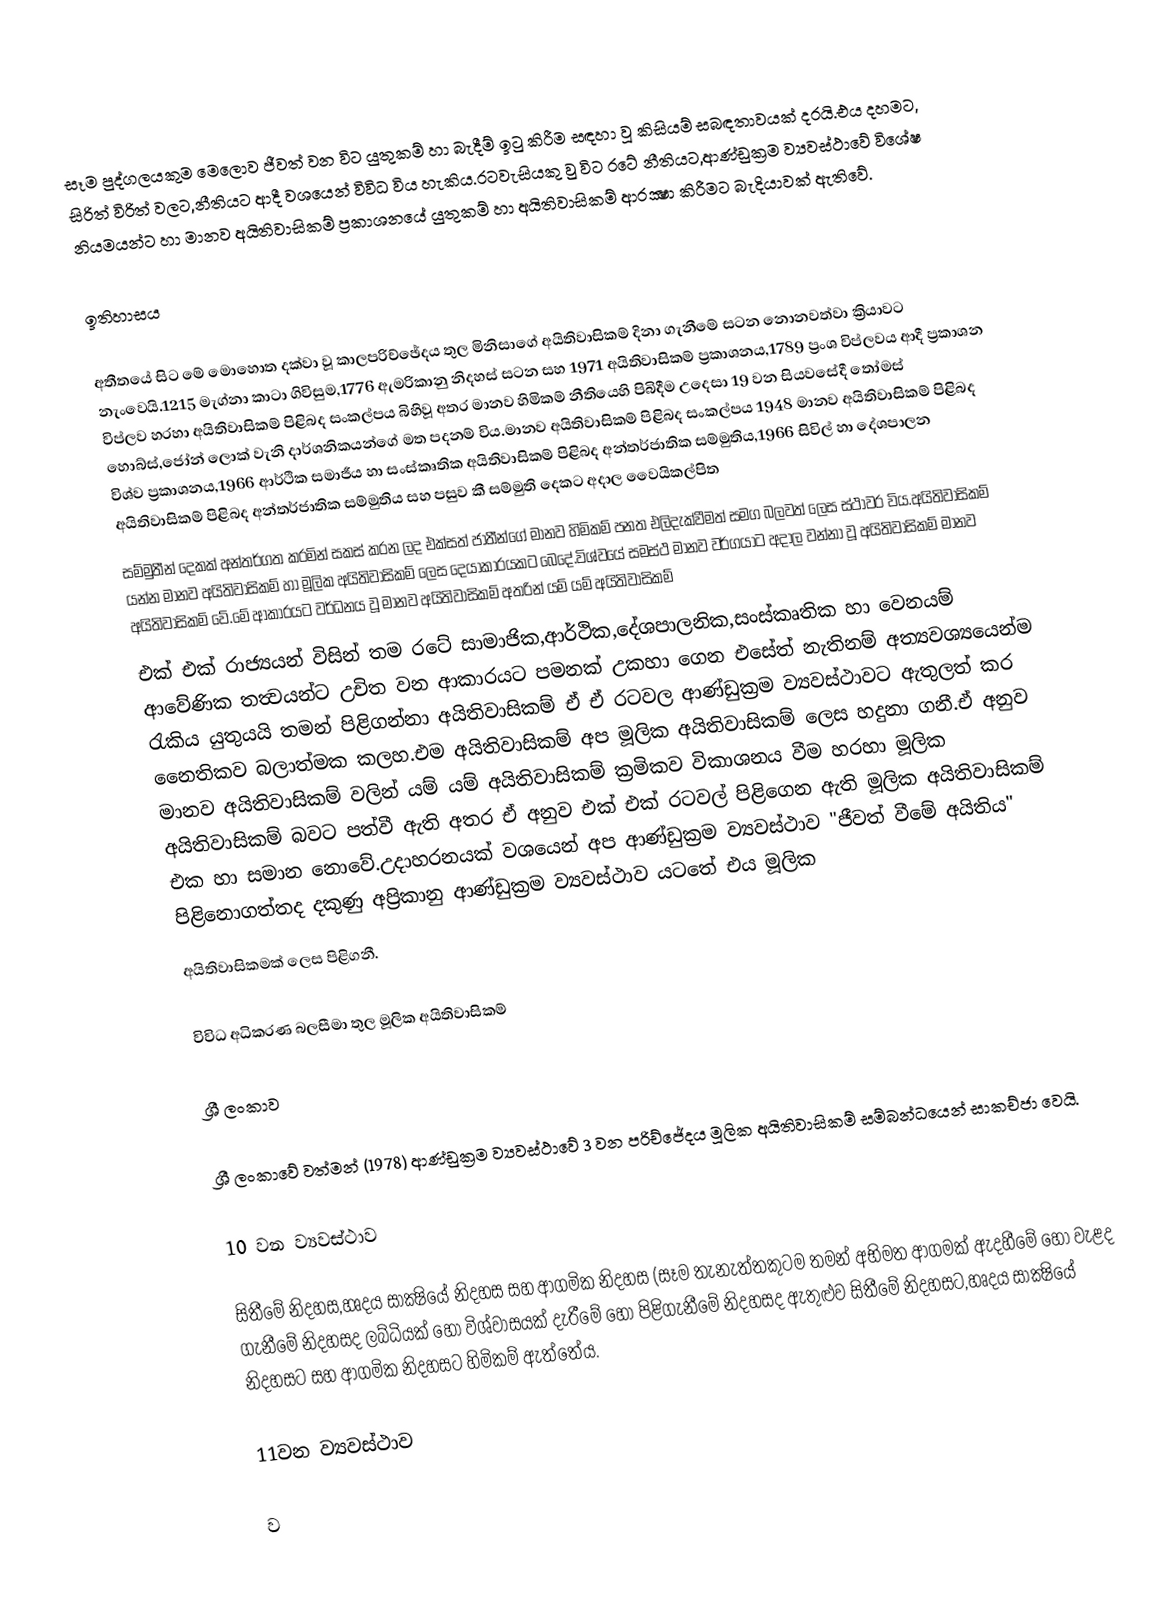
සෑම පුද්ගලයකුම මෙලොව ජීවත් වන විට යුතුකම් හා බැදීම් ඉටු කිරීම සඳහා වූ කිසියම් සබඳතාවයක් දරයි.එය දහමට, සිරිත් විරිත් වලට,නීතියට ආදී වශයෙන් විවිධ විය හැකිය.රටවැසියකු වු විට රටේ නීතියට,ආණ්ඩුක්‍රම ව්‍යවස්ථාවේ විශේෂ නියමයන්ට හා මානව අයිතිවාසිකම් ප්‍රකාශනයේ යුතුකම් හා අයිතිවාසිකම් ආරක්‍ෂා කිරීමට බැදියාවක් ඇතිවේ.

ඉතිහාසය

අතීතයේ සිට මේ මොහොත දක්වා වූ කාලපරිච්ඡේදය තුල මිනිසාගේ අයිතිවාසිකම් දිනා ගැනීමේ සටන නොනවත්වා ක්‍රියාවට නැංවෙයි.1215 මැග්නා කාටා ගිවිසුම,1776 ඇමරිකානු නිදහස් සටන සහ 1971 අයිතිවාසිකම් ප්‍රකාශනය,1789 ප්‍රංශ විප්ලවය ආදී ප්‍රකාශන විප්ලව හරහා අයිතිවාසිකම් පිළිබද සංකල්පය බිහිවූ අතර  මානව හිමිකම් නීතියෙහි පිබිදීම උදෙසා 19 වන සියවසේදී තෝමස් හොබ්ස්,ජෝන් ලොක් වැනි දාර්ශනිකයන්ගේ මත පදනම් විය.මානව අයිතිවාසිකම් පිළිබද සංකල්පය 1948 මානව අයිතිවාසිකම් පිළිබද විශ්ව ප්‍රකාශනය,1966 ආර්ථික සමාජීය හා සංස්කෘතික අයිතිවාසිකම් පිළිබද අන්තර්ජාතික සම්මුතිය,1966 සිවිල් හා දේශපාලන අයිතිවාසිකම් පිළිබද අන්තර්ජාතික සම්මුතිය සහ පසුව කී සම්මුති දෙකට අදාල වෛයිකල්පිත
සම්මුතීන් දෙකක් අන්තර්ගත කරමින් සකස් කරන ලද එක්සත් ජාතීන්ගේ මානව හිමිකම් පනත එලිදැක්වීමත් සමග බලවත් ලෙස ස්ථාවර විය.අයිතිවාසිකම් යන්න මානව අයිතිවාසිකම් හා මූලික අයිතිවාසිකම් ලෙස දෙයාකාරයකට බෙදේ.විශ්වයේ සමස්ථ මානව වර්ගයාට අදාල වන්නා වූ අයිතිවාසිකම් මානව අයිතිවාසිකම් වේ.මේ ආකාරයට වර්ධනය වූ මානව අයිතිවාසිකම් අතරින් යම් යම් අයිතිවාසිකම්
එක් එක් රාජ්‍යයන් විසින් තම රටේ සාමාජික,ආර්ථික,දේශපාලනික,සංස්කෘතික හා වෙනයම් ආවේණික තත්‍වයන්ට උචිත වන ආකාරයට පමනක් උකහා ගෙන එසේත් නැතිනම් අත්‍යවශ්‍යයෙන්ම රැකිය යුතුයයි තමන් පිළිගන්නා අයිතිවාසිකම් ඒ ඒ රටවල ආණ්ඩුක්‍රම ව්‍යවස්ථාවට ඇතුලත් කර නෛතිකව බලාත්මක කලහ.එම අයිතිවාසිකම් අප මූලික අයිතිවාසිකම් ලෙස හදුනා ගනී.ඒ අනුව මානව අයිතිවාසිකම් වලින් යම් යම් අයිතිවාසිකම් ක්‍රමිකව විකාශනය වීම හරහා මූලික අයිතිවාසිකම් බවට පත්වී ඇති අතර ඒ අනුව එක් එක් රටවල් පිළිගෙන ඇති මූලික අයිතිවාසිකම් එක හා සමාන නොවේ.උදාහරනයක් වශයෙන් අප ආණ්ඩුක්‍රම ව්‍යවස්ථාව "ජීවත් වීමේ අයිතිය" පිළිනොගත්තද දකුණු අප්‍රිකානු ආණ්ඩුක්‍රම ව්‍යවස්ථාව යටතේ එය මූලික
අයිතිවාසිකමක් ලෙස පිළිගනී.

විවිධ අධිකරණ බලසීමා තුල මූලික අයිතිවාසිකම්

ශ්‍රී ලංකාව

ශ්‍රී ලංකාවේ වත්මන් (1978) ආණ්ඩුක්‍රම  ව්‍යවස්ථාවේ  3 වන පරිච්ජේදය මූලික අයිතිවාසිකම් සම්බන්ධයෙන් සාකච්ජා වෙයි.

10 වන ව්‍යවස්ථාව

සිතීමේ නිදහස,හෘදය සාක්‍ෂියේ නිදහස සහ ආගමික නිදහස (සෑම තැනැත්තකුටම තමන් අභිමත ආගමක් ඇදහීමේ හෝ වැළද ගැනීමේ නිදහසද ලබ්ධියක් හෝ විශ්වාසයක් දැරීමේ හෝ පිළිගැනීමේ නිදහසද ඇතුළුව සිතීමේ නිදහසට,හෘදය සාක්‍ෂියේ නිදහසට සහ ආගමික නිදහසට හිමිකම් ඇත්තේය.

11වන ව්‍යවස්ථාව

ව